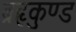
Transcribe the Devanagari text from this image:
ब्रहृकुण्ड